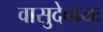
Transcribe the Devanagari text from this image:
वासुदेवायः